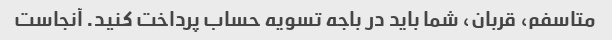
متاسفم، قربان، شما باید در باجه تسویه حساب پرداخت کنید. آنجاست